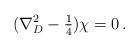
LaTeX: \begin{align*}(\nabla_{D}^{2} -{\textstyle\frac{1}{4}})\chi = 0\, .\end{align*}